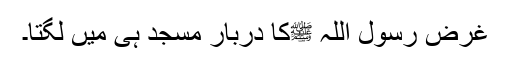
غرض رسول اللہ ﷺکا دربار مسجد ہی میں لگتا۔